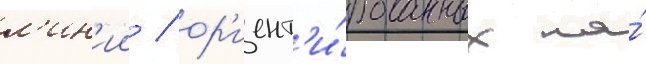
л'ин'ии / ор'иент'и́рованных на́